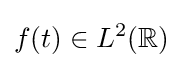
f(t)\in L^{2}(\mathbb {R} )